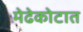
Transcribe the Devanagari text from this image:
मेढेकोटात